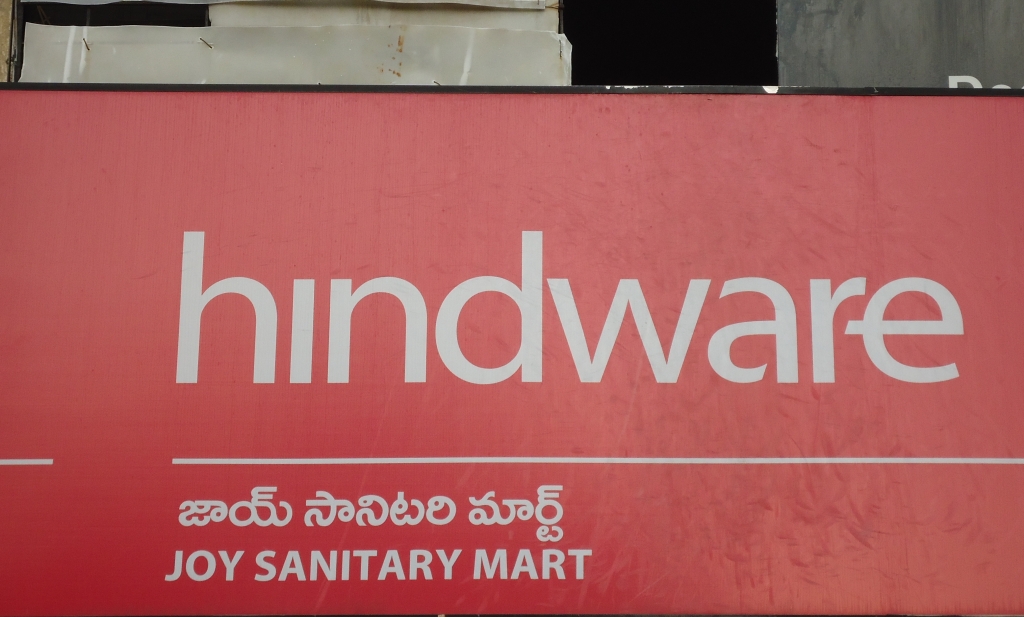
Language: telugu
Transcription: సానిటరి